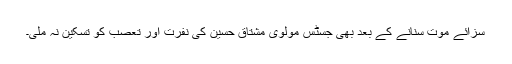
سزائے موت سنانے کے بعد بھی جسٹس مولوی مشتاق حسین کی نفرت اور تعصب کو تسکین نہ ملی۔